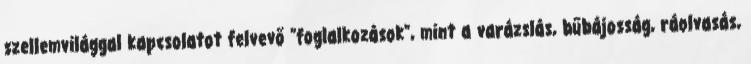
szellemvilággal kapcsolatot felvevő "foglalkozások", mint a varázslás, bűbájosság, ráolvasás,